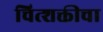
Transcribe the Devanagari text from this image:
चित्शक्तीचा